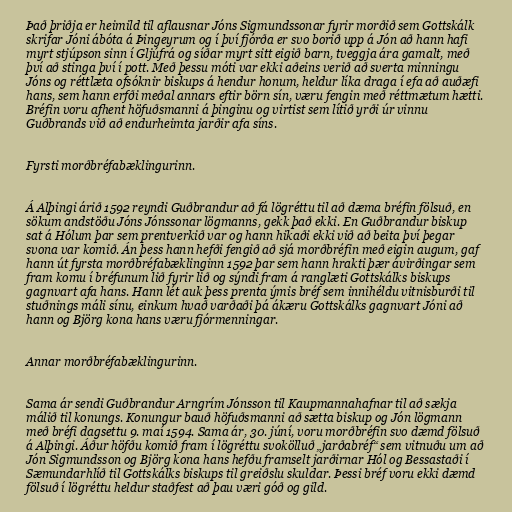
Það þriðja er heimild til aflausnar Jóns Sigmundssonar fyrir morðið sem Gottskálk
skrifar Jóni ábóta á Þingeyrum og í því fjórða er svo borið upp á Jón að hann hafi
myrt stjúpson sinn í Gljúfrá og síðar myrt sitt eigið barn, tveggja ára gamalt, með
því að stinga því í pott. Með þessu móti var ekki aðeins verið að sverta minningu
Jóns og réttlæta ofsóknir biskups á hendur honum, heldur líka draga í efa að auðæfi
hans, sem hann erfði meðal annars eftir börn sín, væru fengin með réttmætum hætti.
Bréfin voru afhent höfuðsmanni á þinginu og virtist sem lítið yrði úr vinnu
Guðbrands við að endurheimta jarðir afa síns.

Fyrsti morðbréfabæklingurinn.

Á Alþingi árið 1592 reyndi Guðbrandur að fá lögréttu til að dæma bréfin fölsuð, en
sökum andstöðu Jóns Jónssonar lögmanns, gekk það ekki. En Guðbrandur biskup
sat á Hólum þar sem prentverkið var og hann hikaði ekki við að beita því þegar
svona var komið. Án þess hann hefði fengið að sjá morðbréfin með eigin augum, gaf
hann út fyrsta morðbréfabæklinginn 1592 þar sem hann hrakti þær ávirðingar sem
fram komu í bréfunum lið fyrir lið og sýndi fram á ranglæti Gottskálks biskups
gagnvart afa hans. Hann lét auk þess prenta ýmis bréf sem innihéldu vitnisburði til
stuðnings máli sínu, einkum hvað varðaði þá ákæru Gottskálks gagnvart Jóni að
hann og Björg kona hans væru fjórmenningar.

Annar morðbréfabæklingurinn.

Sama ár sendi Guðbrandur Arngrím Jónsson til Kaupmannahafnar til að sækja
málið til konungs. Konungur bauð höfuðsmanni að sætta biskup og Jón lögmann
með bréfi dagsettu 9. maí 1594. Sama ár, 30. júní, voru morðbréfin svo dæmd fölsuð
á Alþingi. Áður höfðu komið fram í lögréttu svokölluð „jarðabréf“ sem vitnuðu um að
Jón Sigmundsson og Björg kona hans hefðu framselt jarðirnar Hól og Bessastaði í
Sæmundarhlíð til Gottskálks biskups til greiðslu skuldar. Þessi bréf voru ekki dæmd
fölsuð í lögréttu heldur staðfest að þau væri góð og gild.